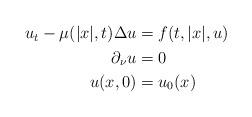
LaTeX: \begin{align*}\begin{aligned} u_t-\mu(|x|,t)\Delta u &=f(t,|x|,u)&& \\\partial_\nu u&=0&& \\ u(x,0)&=u_0(x)&& \end{aligned}\end{align*}